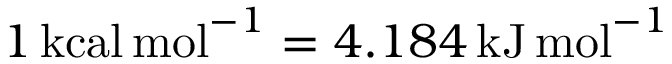
1 \, \mathrm { k c a l \, m o l } ^ { - 1 } = 4 . 1 8 4 \, \mathrm { k J \, m o l } ^ { - 1 }